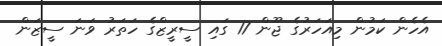
އެހެން ކަމުން މިއަހަރުގެ ޖޫން 17 ގައި ސީރީޒްގެ ހަތަރު ވަނަ ސީޒަން